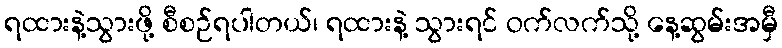
ရထားနဲ့သွားဖို့ စီစဉ်ရပါတယ်၊ ရထားနဲ့ သွားရင် ဝက်လက်သို့ နေ့ဆွမ်းအမှီ